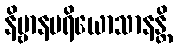
နိဗ္ဗာနပရိယောသာနန္တိ